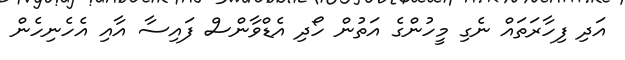
އަދި ފިހާރަތައް ނެގި މީހުންގެ އަތުން ހޯދި އެޑްވާންސް ފައިސާ އާއި އެހެނިހެން